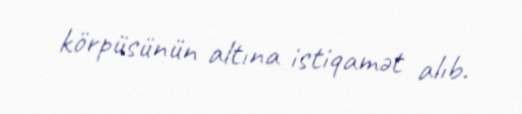
körpüsünün altına istiqamət alıb.